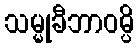
သမ္မုခီဘာဝမ္ပိ